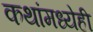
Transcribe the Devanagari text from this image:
कथांमध्येही